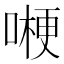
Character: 𠼰